Vaccination North-Western Provinces and Oudh 1878-1895 - 1878-1895
Year: 1878
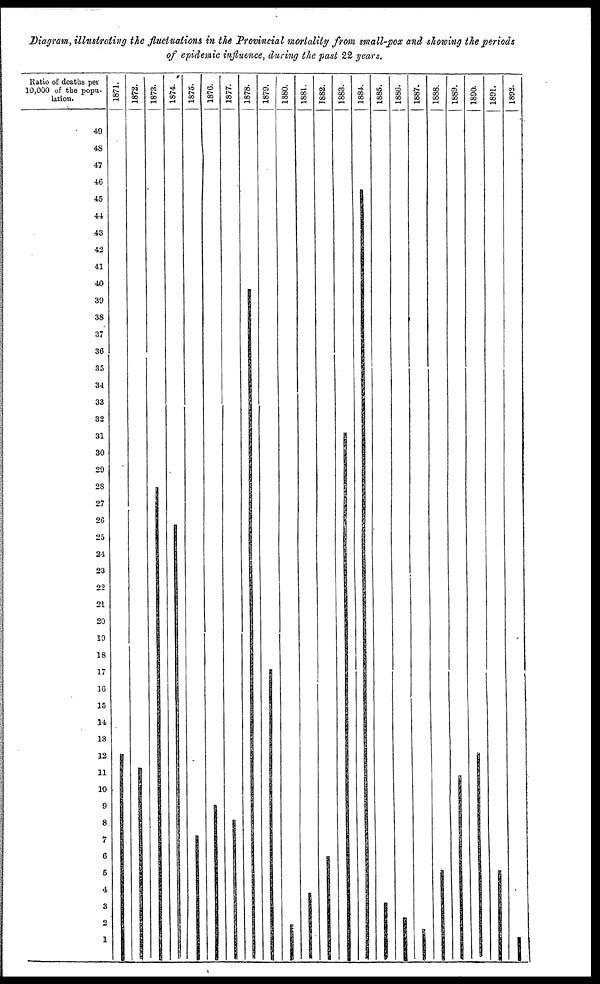
Diagram, illustrating the fluctuations in the Provincial mortality from small-pox and showing the periods
of epidemic influence, during the past 22 years.